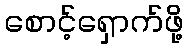
စောင့်ရှောက်ဖို့